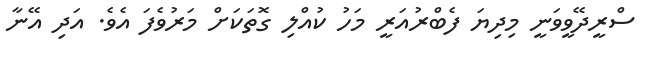
ސްރީދޭވީވަނީ މިދިޔަ ފެބްރުއަރީ މަހު ކުއްލި ގޮތަކަށް މަރުވެފަ އެވެ. އަދި އޭނާ